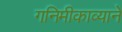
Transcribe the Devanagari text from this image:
गनिमीकाव्याने